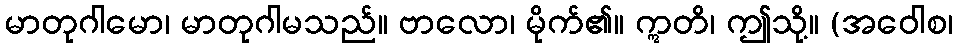
မာတုဂါမော၊ မာတုဂါမသည်။ ဗာလော၊ မိုက်၏။ ဣတိ၊ ဤသို့။ (အဝေါစ၊